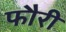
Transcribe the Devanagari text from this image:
फौरी